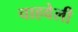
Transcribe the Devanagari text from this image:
चाहवेली